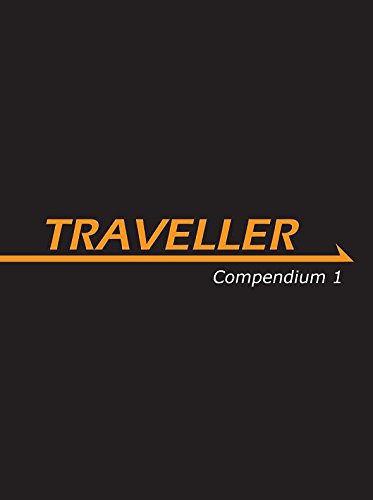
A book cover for Traveller Compendium 1 (Traveller Sci-Fi Roleplaying); Various; Science Fiction & Fantasy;